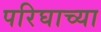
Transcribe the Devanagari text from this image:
परिघाच्या